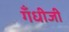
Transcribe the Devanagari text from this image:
गँधीजी